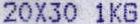
20X30 1KG